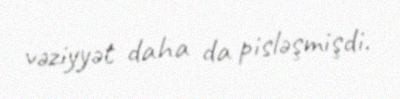
vəziyyət daha da pisləşmişdi.